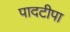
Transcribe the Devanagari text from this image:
पादटीपा